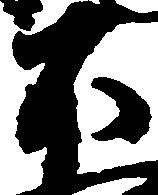
不